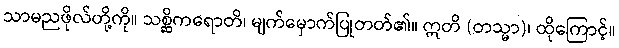
သာမညဖိုလ်တို့ကို။ သစ္ဆိကရောတိ၊ မျက်မှောက်ပြုတတ်၏။ ဣတိ (တသ္မာ)၊ ထိုကြောင့်။